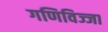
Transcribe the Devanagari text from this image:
गणिविज्जा